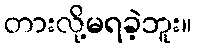
တားလို့မရခဲ့ဘူး။